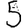
Digit: 5